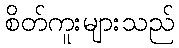
စိတ်ကူးများသည်